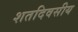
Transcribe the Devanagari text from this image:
शतदिवसीय